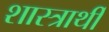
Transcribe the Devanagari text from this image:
शास्त्रार्थी